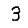
Digit: 3